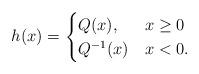
LaTeX: \begin{align*} h(x)= \begin{cases} Q(x), & x\ge 0 \\ Q^{-1}(x) & x< 0. \end{cases}\end{align*}